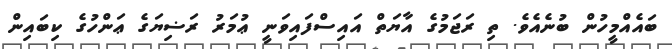
ބައެއްމީހުން ބުނެއެވެ. ތި ރަޖަމުގެ އާޔަތް އައިސްފައިވަނީ ޢުމަރު ރަޟިޔަގެ ޢަންހުގެ ކިބައިން